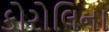
કોરોલિના